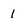
Character: 1